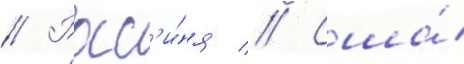
// Росс'и́я // Сша́